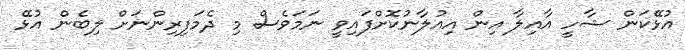
އުޅޭކަން ޝާހީ އާއިލާ އިން އިއުލާނުކޮށްފައިވީ ނަމަވެސް މި ދެމަފިރިންނަށް ލިބެން އުޅޭ